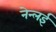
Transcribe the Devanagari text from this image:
नेन्लई